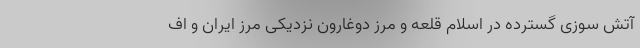
آتش سوزی گسترده در اسلام قلعه و مرز دوغارون نزدیکی مرز ایران و اف